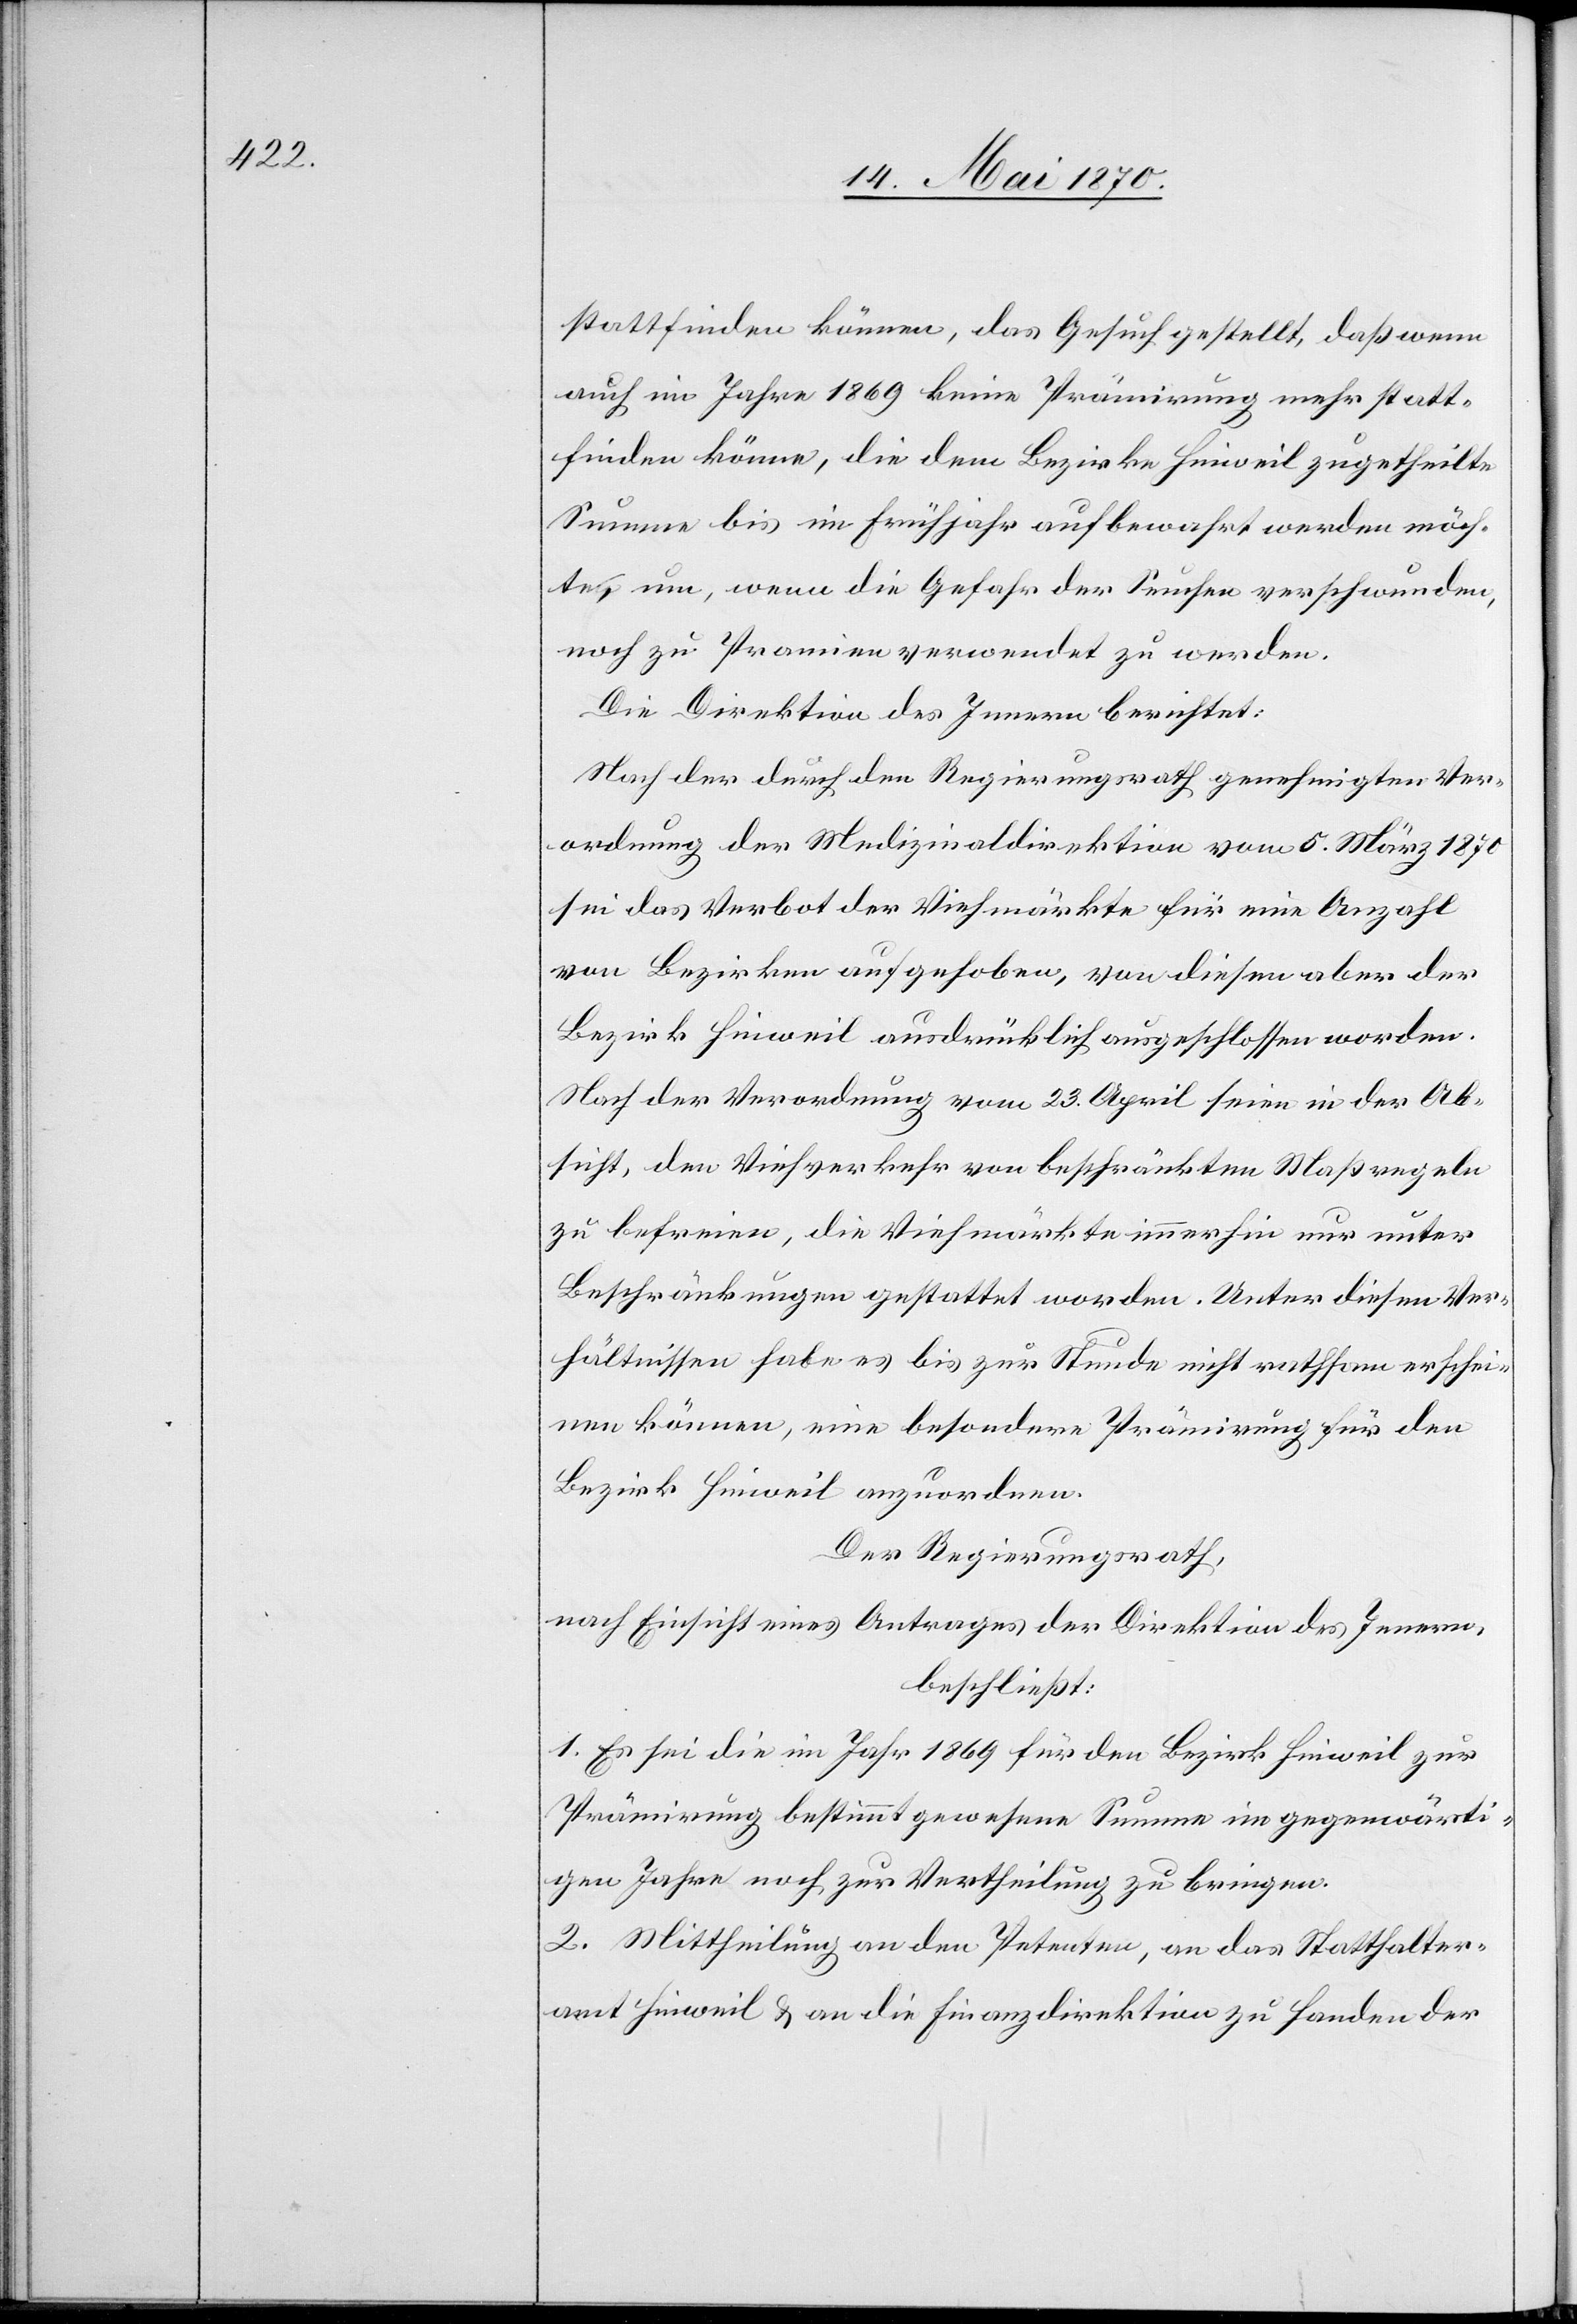
stattfinden können, das Gesuch gestellt, daß wenn
auch im Jahre 1869 keine Prämirung mehr statt¬
finden könne, die dem Bezirke Hinweil zugetheilte
Summe bis im Frühjahr aufbewahrt werden möch¬
te, um, wenn die Gefahr der Seuche verschwunden,
noch zu Pramien [sic!] verwendet zu werden.
Die Direktion des Innern berichtet:
Nach der durch den Regierungsrath genehmigten Ver¬
ordnung der Medizinaldirektion vom 5. März 1870
sei das Verbot der Viehmärkte für eine Anzahl
von Bezirken aufgehoben, von diesen aber der
Bezirk Hinweil ausdrücklich ausgeschlossen worden.
Nach der Verordnung vom 23. April seien in der Ab¬
sicht, den Viehverkehr von beschränkten Maßregeln
zu befreien, die Viehmärkte immerhin nur unter
Beschränkungen gestattet worden. Unter diesen Ver¬
hältnissen habe es bis zur Stunde nicht rathsam erschei¬
nen können, eine besondere Prämirung für den
Bezirk Hinweil anzuordnen.
Der Regierungsrath,
nach Einsicht eines Antrages der Direktion des Innern,
beschließt:
1. Es sei die im Jahr 1869 für den Bezirk Hinweil zur
Prämirung bestimmt gewesene Summe im gegenwärti¬
gen Jahre noch zur Vertheilung zu bringen.
2. Mittheilung an den Petenten, an das Statthalter¬
amt Hinweil & an die Finanzdirektion zu Handen der